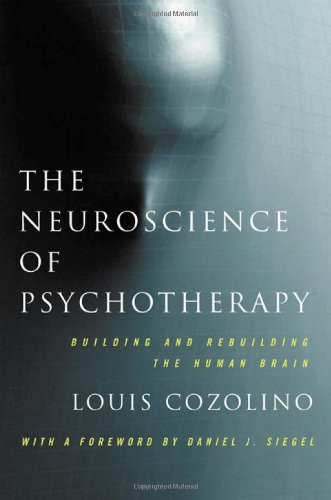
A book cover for The Neuroscience of Psychotherapy: Healing the Social Brain (Second Edition)  (Norton Series on Interpersonal Neurobiology); Louis Cozolino; Medical Books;